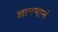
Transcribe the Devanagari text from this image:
ज्ञानगानं